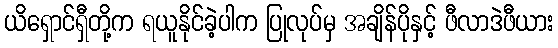
ယိရှောင်ရှီတို့က ရယူနိုင်ခဲ့ပါက ပြုလုပ်မှ အချိန်ပိုနှင့် ဖီလာဒဲဖီယား